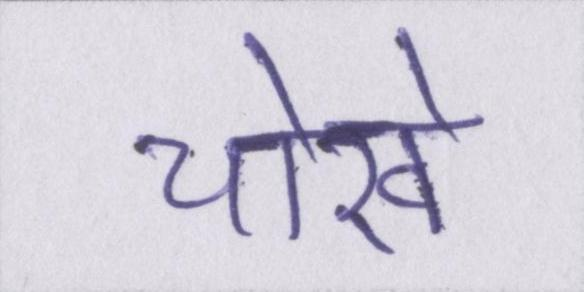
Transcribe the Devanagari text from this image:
चोखे